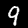
Label: 9